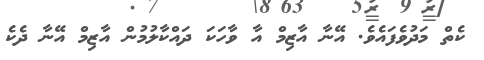
ކެތް މަދުވެފައެވެ. އޭނާ އާޒިމް އާ ވާހަކަ ދައްކާލުމުން އާޒިމް އޭނާ ދެކެ